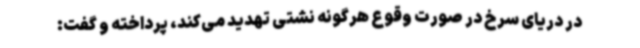
در دریای سرخ در صورت وقوع هرگونه نشتی تهدید می‌کند، پرداخته و گفت: